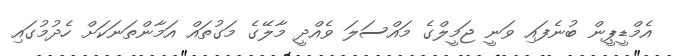
އެމްޑީޕީން ބުނެފައި ވަނީ ޖަމީލްގެ މައްސަލަ ވެއްދީ މާލޭގެ މަގުތައް އަމާންތަނަކަށް ހެދުމުގައި